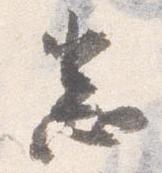
悉